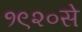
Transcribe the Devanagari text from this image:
१९२०से